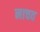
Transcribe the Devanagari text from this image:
नाचव